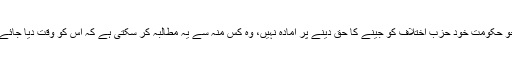
جو حکومت خود حزبِ اختلاف کو جینے کا حق دینے پر آمادہ نہیں، وہ کس منہ سے یہ مطالبہ کر سکتی ہے کہ اُس کو وقت دیا جائے؟